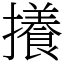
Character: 攁